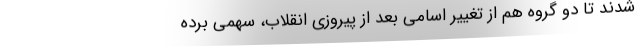
شدند تا دو گروه هم از تغییر اسامی بعد از پیروزی انقلاب، سهمی برده